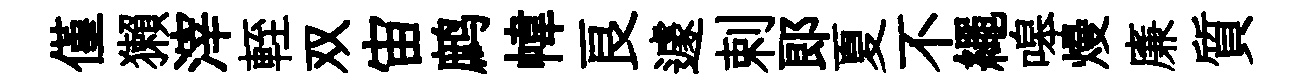
僅獺滓輊双宙鹧幃良遽剌郎夏不繩嗥熳廉質